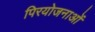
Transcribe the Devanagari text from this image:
पिरयोजनाओं